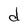
Character: d